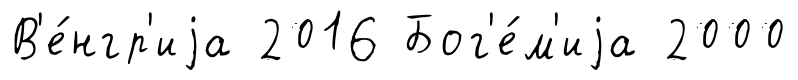
В'е́нгр'иjа 2016 Бог'е́м'иjа 2000